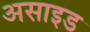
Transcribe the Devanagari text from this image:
असाइड